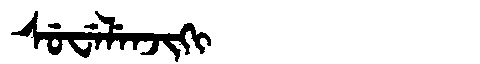
Manchu: ᠰᡠᠸᡝᠯᡝᠨᠵᡳᡴᡳ
Romanization: SUWELENJIKI